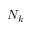
N _ { k }